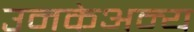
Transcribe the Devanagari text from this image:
उनकेअन्य